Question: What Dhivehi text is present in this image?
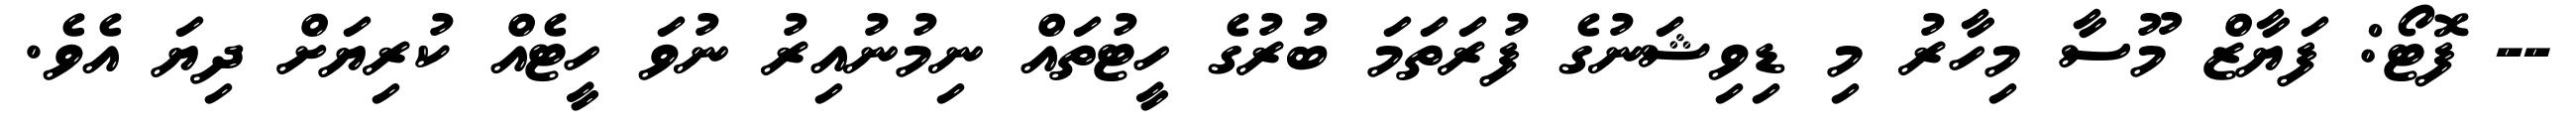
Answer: -- ފޮޓޯ: ފަޔާޒް މޫސާ މިހާރު މި ޑިވިޝަނުގެ ފުރަތަމަ ބުރުގެ ހީޓުތައް ނިމުނުއިރު ނުވަ ހީޓެއް ކުރިޔަށް ދިޔަ އެވެ.